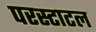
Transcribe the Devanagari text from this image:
परस्टाटल